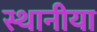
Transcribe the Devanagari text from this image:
स्थानीया